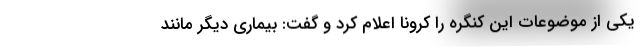
یکی از موضوعات این کنگره را کرونا اعلام کرد و گفت: بیماری دیگر مانند